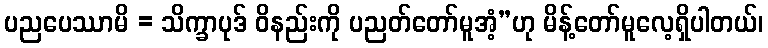
ပညပေဿာမိ = သိက္ခာပုဒ် ဝိနည်းကို ပညတ်တော်မူအံ့”ဟု မိန့်တော်မူလေ့ရှိပါတယ်၊